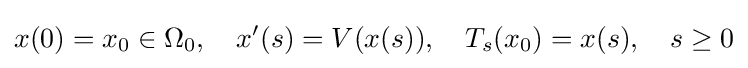
x(0)=x_{0}\in \Omega _{0},\quad x'(s)=V(x(s)),\quad T_{s}(x_{0})=x(s),\quad s\geq 0